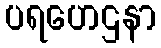
ပရဟေဌနာ